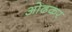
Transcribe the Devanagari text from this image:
ओढकर